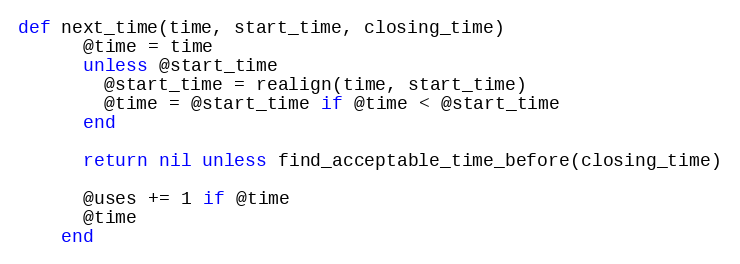
Language: Ruby
def next_time(time, start_time, closing_time)
      @time = time
      unless @start_time
        @start_time = realign(time, start_time)
        @time = @start_time if @time < @start_time
      end

      return nil unless find_acceptable_time_before(closing_time)

      @uses += 1 if @time
      @time
    end